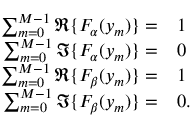
\begin{array} { r l } { \sum _ { m = 0 } ^ { M - 1 } \Re \{ F _ { \alpha } ( y _ { m } ) \} = } & { { } 1 } \\ { \sum _ { m = 0 } ^ { M - 1 } \Im \{ F _ { \alpha } ( y _ { m } ) \} = } & { { } 0 } \\ { \sum _ { m = 0 } ^ { M - 1 } \Re \{ F _ { \beta } ( y _ { m } ) \} = } & { { } 1 } \\ { \sum _ { m = 0 } ^ { M - 1 } \Im \{ F _ { \beta } ( y _ { m } ) \} = } & { { } 0 . } \end{array}